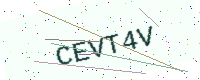
Text: CEVT4V